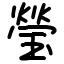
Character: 瑩